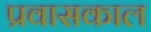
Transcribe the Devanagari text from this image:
प्रवासकाल